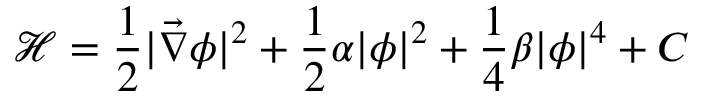
{ \mathcal H } = \frac { 1 } { 2 } | \vec { \nabla } \phi | ^ { 2 } + \frac { 1 } { 2 } \alpha | \phi | ^ { 2 } + \frac { 1 } { 4 } \beta | \phi | ^ { 4 } + C